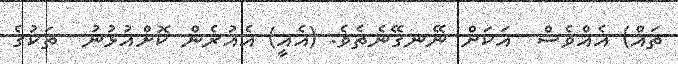
ތައް) އެއްވެސް  އަކަށް ނޭނގޭނެތެވެ. (އެއީ) އެއުރެން ކޮށްއުޅުނު  ތަކުގެ